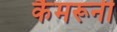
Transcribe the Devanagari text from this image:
कैमरूनी